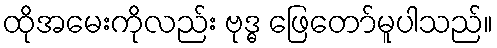
ထိုအမေးကိုလည်း ဗုဒ္ဓ ဖြေတော်မူပါသည်။